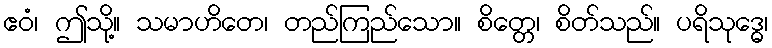
ဧဝံ၊ ဤသို့။ သမာဟိတေ၊ တည်ကြည်သော။ စိတ္တေ၊ စိတ်သည်။ ပရိသုဒ္ဓေ၊